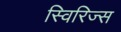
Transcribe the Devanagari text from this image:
स्विरिज्स